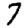
Digit: 7